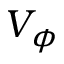
V _ { \phi }